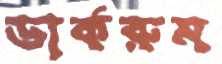
ডার্করুম